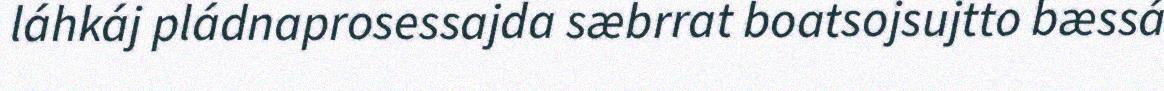
láhkáj pládnaprosessajda sæbrrat boatsojsujtto bæssá